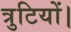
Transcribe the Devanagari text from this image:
त्रुटियों।